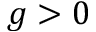
g > 0